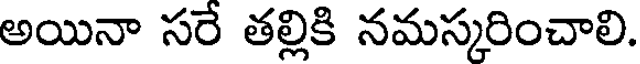
అయినా సరే తల్లికి నమస్కరించాలి.